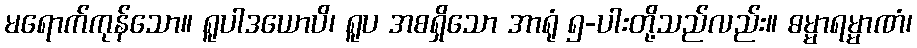
မရောက်ကုန်သော။ ရူပါဒယောပိ၊ ရူပ အစရှိသော အာရုံ ၅-ပါးတို့သည်လည်း။ ဓမ္မာရမ္မာဏံ၊